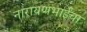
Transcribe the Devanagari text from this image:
नारायणभाईंचा